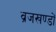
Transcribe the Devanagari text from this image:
व्रजखण्डों